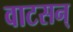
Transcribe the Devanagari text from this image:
वाटसन्